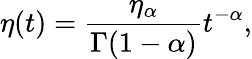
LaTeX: \eta(t)=\frac{\eta_{\alpha}}{\Gamma(1-\alpha)}t^{-\alpha},